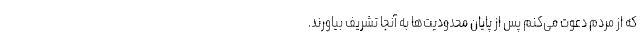
که از مردم دعوت می‌کنم پس از پایان محدودیت‌ها به آنجا تشریف بیاورند.